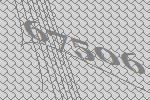
67506